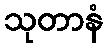
သုတာနံ